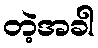
တဲ့အခါ